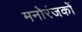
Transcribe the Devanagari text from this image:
मनोरंजकों